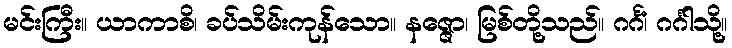
မင်းကြီး။ ယာကာစိ၊ ခပ်သိမ်းကုန်သော။ နဇ္ဇော၊ မြစ်တို့သည်။ ဂင်္ဂံ၊ ဂင်္ဂါသို့။